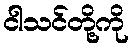
ငါသင်တို့ကို